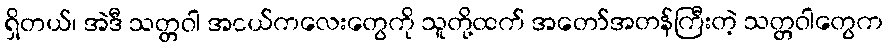
ရှိတယ်၊ အဲဒီ သတ္တဝါ အငယ်ကလေးတွေကို သူတို့ထက် အတော်အတန်ကြီးတဲ့ သတ္တဝါတွေက